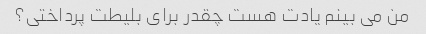
من می بینم یادت هست چقدر برای بلیطت پرداختی؟